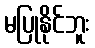
မပြုနိုင်ဘူး